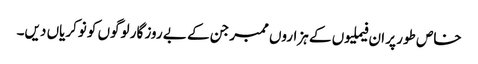
خاص طور پر ان فیملیوں کے ہزاروں ممبر جن کے بے روز گار لوگوں کو نوکریاں دیں۔